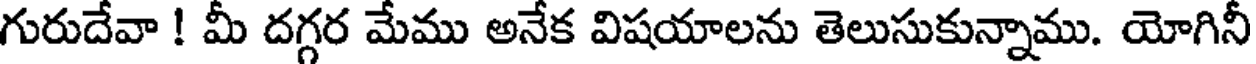
గురుదేవా ! మీ దగ్గర మేము అనేక విషయాలను తెలుసుకున్నాము. యోగినీ